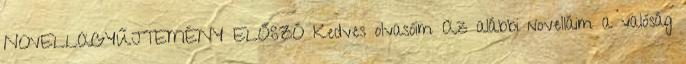
NOVELLAGYŰJTEMÉNY ELŐSZÓ Kedves olvasóim Az alábbi novelláim a valóság